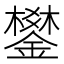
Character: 鐢